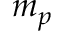
m _ { p }